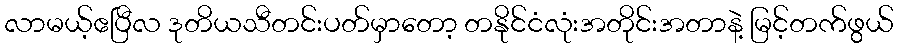
လာမယ့်ဧပြီလ ဒုတိယသီတင်းပတ်မှာတော့ တနိုင်ငံလုံးအတိုင်းအတာနဲ့ မြင့်တက်ဖွယ်